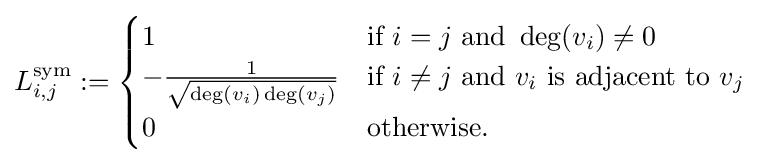
L_{i,j}^{\text{sym}}:={\begin{cases}1&{\mbox{if }}i=j{\mbox{ and }}\deg(v_{i})\neq 0\\-{\frac {1}{\sqrt {\deg(v_{i})\deg(v_{j})}}}&{\mbox{if }}i\neq j{\mbox{ and }}v_{i}{\mbox{ is adjacent to }}v_{j}\\0&{\mbox{otherwise}}.\end{cases}}